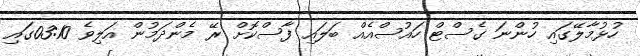
ހުޅުމާލޭގައި ހުންނަ ގެސްޓް ހައުސްއެއް ބަލައި ފާސްކޮށް ރޭ މެންދަމުން އަލިވެ 03:10ގައި